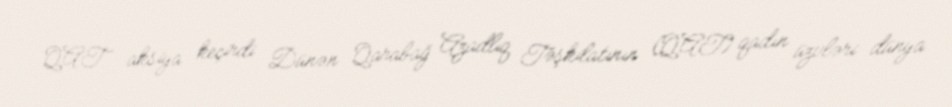
QAT aksiya keçirdi Dünən Qarabağ Azadlıq Təşkilatının (QAT) qadın üzvləri dünya